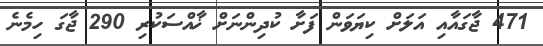
471 ޖާގައާއި އަލަށް ކިޔަވަން ފަށާ ކުދިންނަށް ޚާއްސަކުރި 290 ޖާގަ ހިމެނެ